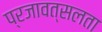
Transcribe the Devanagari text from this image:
प्रजावत्सलता